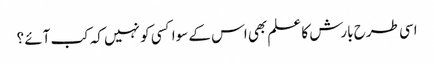
اسی طرح بارش کا علم بھی اس کے سوا کسی کو نہیں کہ کب آئے ؟